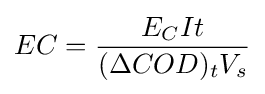
EC={\frac {E_{C}It}{(\Delta COD)_{t}V_{s}}}